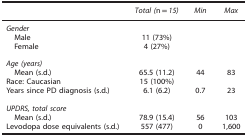
<table><thead><tr><td><b> </b></td><td><b><i>Total (</i>n=<i>15)</i></b></td><td><b><i>Min</i></b></td><td><b><i>Max</i></b></td></tr></thead><tbody><tr><td colspan="4"><i>Gender</i></td></tr><tr><td> Male</td><td>11 (73%)</td><td> </td><td> </td></tr><tr><td> Female</td><td>4 (27%)</td><td> </td><td> </td></tr><tr><td colspan="4"> </td></tr><tr><td colspan="4"><i>Age (years)</i></td></tr><tr><td> Mean (s.d.)</td><td>65.5 (11.2)</td><td>44</td><td>83</td></tr><tr><td>Race: Caucasian</td><td>15 (100%)</td><td> </td><td> </td></tr><tr><td>Years since PD diagnosis (s.d.)</td><td>6.1 (6.2)</td><td>0.7</td><td>23</td></tr><tr><td> </td><td> </td><td> </td><td> </td></tr><tr><td><i>UPDRS, total score</i></td><td> </td><td> </td><td> </td></tr><tr><td> Mean (s.d.)</td><td>78.9 (15.4)</td><td>56</td><td>103</td></tr><tr><td>Levodopa dose equivalents (s.d.)</td><td>557 (477)</td><td>0</td><td>1,600</td></tr></tbody></table>